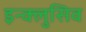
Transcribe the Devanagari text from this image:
इन्क्लुसिव